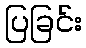
ပြခြင်း